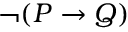
\neg ( P \rightarrow Q )